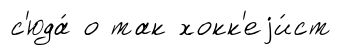
с'юда́ о так хокк'еjи́ст